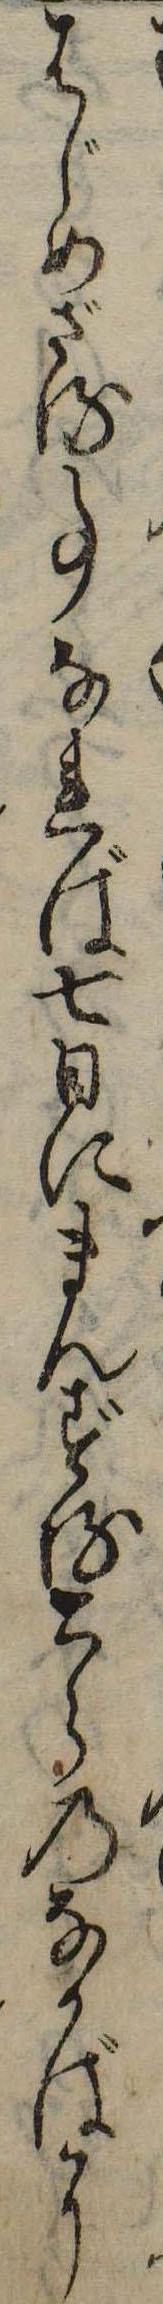
はじめざる事なれば七日にまんずるとらのなかばに